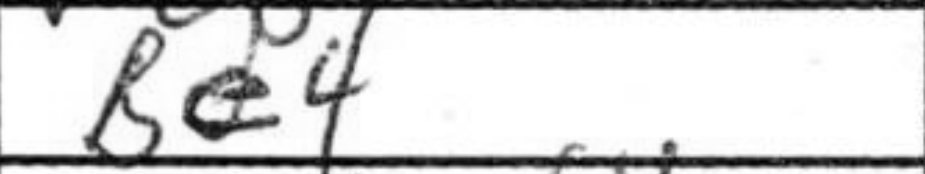
Transcription: Be4